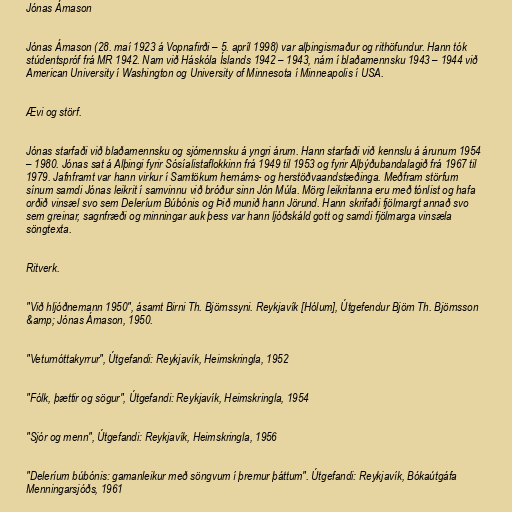
Jónas Árnason

Jónas Árnason (28. maí 1923 á Vopnafirði – 5. apríl 1998) var alþingismaður og rithöfundur. Hann tók
stúdentspróf frá MR 1942. Nam við Háskóla Íslands 1942 – 1943, nám í blaðamennsku 1943 – 1944 við
American University í Washington og University of Minnesota í Minneapolis í USA.

Ævi og störf.

Jónas starfaði við blaðamennsku og sjómennsku á yngri árum. Hann starfaði við kennslu á árunum 1954
– 1980. Jónas sat á Alþingi fyrir Sósíalistaflokkinn frá 1949 til 1953 og fyrir Alþýðubandalagið frá 1967 til
1979. Jafnframt var hann virkur í Samtökum hernáms- og herstöðvaandstæðinga. Meðfram störfum
sínum samdi Jónas leikrit í samvinnu við bróður sinn Jón Múla. Mörg leikritanna eru með tónlist og hafa
orðið vinsæl svo sem Deleríum Búbónis og Þið munið hann Jörund. Hann skrifaði fjölmargt annað svo
sem greinar, sagnfræði og minningar auk þess var hann ljóðskáld gott og samdi fjölmarga vinsæla
söngtexta.

Ritverk.

"Við hljóðnemann 1950", ásamt Birni Th. Björnssyni. Reykjavík [Hólum], Útgefendur Björn Th. Björnsson
&amp; Jónas Árnason, 1950.

"Veturnóttakyrrur", Útgefandi: Reykjavík, Heimskringla, 1952

"Fólk, þættir og sögur", Útgefandi: Reykjavík, Heimskringla, 1954

"Sjór og menn", Útgefandi: Reykjavík, Heimskringla, 1956

"Deleríum búbónis: gamanleikur með söngvum í þremur þáttum". Útgefandi: Reykjavík, Bókaútgáfa
Menningarsjóðs, 1961